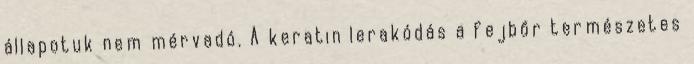
állapotuk nem mérvadó. A keratin lerakódás a fejbőr természetes